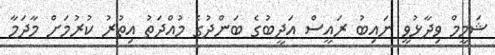
ޝަމީމް ވިދާޅުވީ ނައިބު ރައީސް އަދީބުގެ ބަންދުގެ މުއްދަތު އިތުރު ކުރުމަށް މާދަމާ